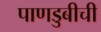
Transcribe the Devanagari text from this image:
पाणडुबीची